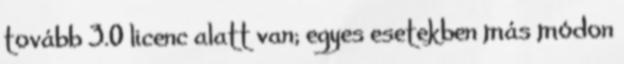
tovább 3.0 licenc alatt van; egyes esetekben más módon